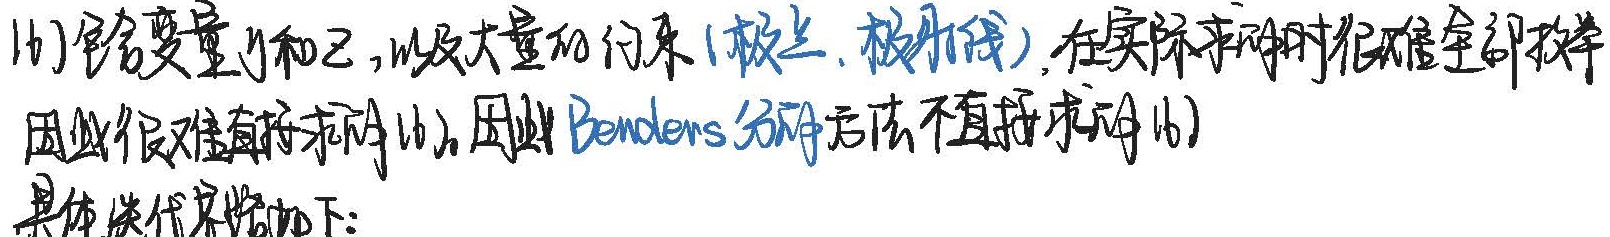
(1)包含变量 \(y\) 和 \(z\)，以及大量的约束 (极点，极射线)，在实际求解时很难全部枚举
因此很难直接求解(1)。因此Benders分解方法不直接求解(1)
具体迭代策略如下：